Insane asylums in Bengal annual reports 1876-1887 - 1876-1887
Year: 1876
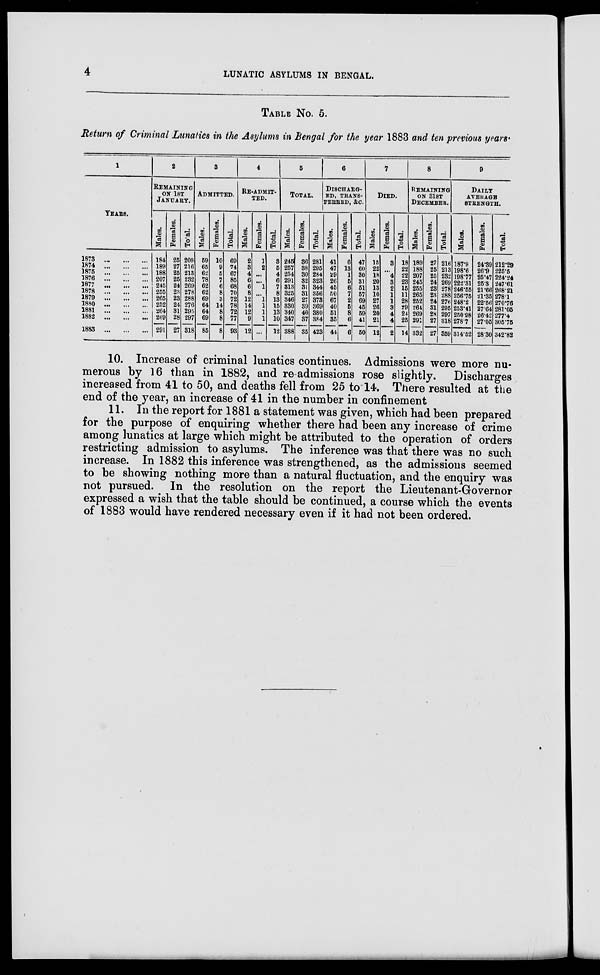
4
LUNATIC ASYLUMS IN BENGAL.
TABLE No. 5.
Return of Criminal Lunatics in the Asylums in Bengal for the year 1883 and ten previous years.
1
YEARS.
1873
...
...
...
1874
...
...
...
1875
...
...
...
1876
...
...
...
1877
...
...
...
1878
...
...
...
1879
...
...
...
1880
...
...
...
1881
...
...
...
1882
...
...
...
1883
...
...
...
2
REMAINING
ON 1ST
JANUARY.
Males.
184
189
188
207
245
255
265
252
264
269
291
Females.
25
27
25
25
24
23
23
24
31
28
27
Total.
209
216
213
232
269
278
288
276
295
297
318
3
ADMITTED.
Males.
59
65
62
78
62
62
69
64
64
69
85
Females.
10
9
5
7
6
8
3
14
8
8
8
Total.
69
74
67
85
68
70
72
78
72
77
93
4
RE-ADMIT-
----
Males.
2
3
4
6
6
8
12
14
12
9
12
Females.
1
2
...
...
1
...
1
1
1
1
...
Total.
3
5
4
6
7
8
13
15
13
10
12
5
TOTAL.
Males.
245
257
254
291
313
325
346
330
340
347
388
Females.
36
38
30
32
31
31
27
39
40
37
35
Total.
281
295
284
323
344
356
373
369
380
384
423
6
DISCHARG-
ED, TRANS-
FERRED, &c.
Males.
41
47
29
26
45
50
67
40
51
35
44
Females.
6
13
1
5
6
7
2
5
8
6
6
Total.
47
60
30
31
51
57
69
45
59
41
50
7
DIED.
Males.
15
22
18
20
13
10
27
26
20
21
12
Females.
3
...
4
3
2
1
1
3
4
4
2
Total.
18
22
22
23
15
11
28
29
24
25
14
8
REMAINING
ON 31ST
DECEMBER.
Males.
189
188
207
245
255
265
252
264
269
291
332
Females.
27
25
25
24
23
23
24
31
28
27
27
Total.
216
213
232
269
278
288
276
295
297
318
359
9
DAILY
AVERAGE
STRENGTH.
Males.
187.9
198.6
198.77
222.31
246.55
266.75
248.2
253.41
250.98
278.7
314.52
Females.
24.39
26.9
25.47
25.3
21.66
21.35
22.56
27.64
26.42
27.05
28.30
Total.
212.29
225.5
224.24
247.61
268.21
278.1
270.76
281.05
277.4
305.75
342.82
10. Increase of criminal lunatics continues. Admissions were more nu-
merous by 16 than in 1882, and re admissions rose slightly.
Discharges
increased from 41 to 50, and deaths fell from 25 to 14. There resulted at the
end of the year, an increase of 41 in the number in confinement
11. In the report for 1881 a statement was given, which had been prepared
for the purpose of enquiring whether there had been any increase of crime
among lunatics at large which might be attributed to the operation of orders
restricting admission to asylums. The inference was that there was no such
increase. In 1882 this inference was strengthened, as the admissions seemed
to be showing nothing more than a natural fluctuation, and the enquiry was
not pursued. In the resolution on the report the Lieutenant-Governor
expressed a wish that the table should be continued, a course which the events
of 1883 would have rendered necessary even if it had not been ordered.